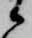
候